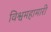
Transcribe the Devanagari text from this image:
विश्वमहामारी